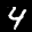
Label: 4